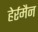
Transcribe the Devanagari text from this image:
हेर्रमैन